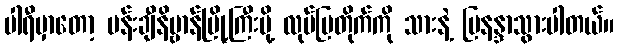
ပါရီမှာတော့ ပန်းချီနိဗ္ဗာန်မြို့ကြီးမို့ လုဗ်ပြတိုက်ကို သားနဲ့ မြနန္ဒာသွားပါတယ်။